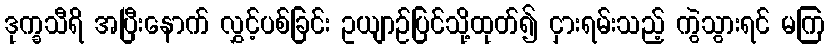
ဒုက္ခသီရိ အပြီးနောက် လွှင့်ပစ်ခြင်း ဥယျာဉ်ပြင်သို့ထုတ်၍ ငှားရမ်းသည့် ကွဲသွားရင် မကြ